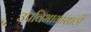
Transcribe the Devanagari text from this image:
उपविभागासाठी